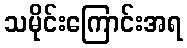
သမိုင်းကြောင်းအရ